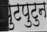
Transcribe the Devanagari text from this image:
पुटपुटुन